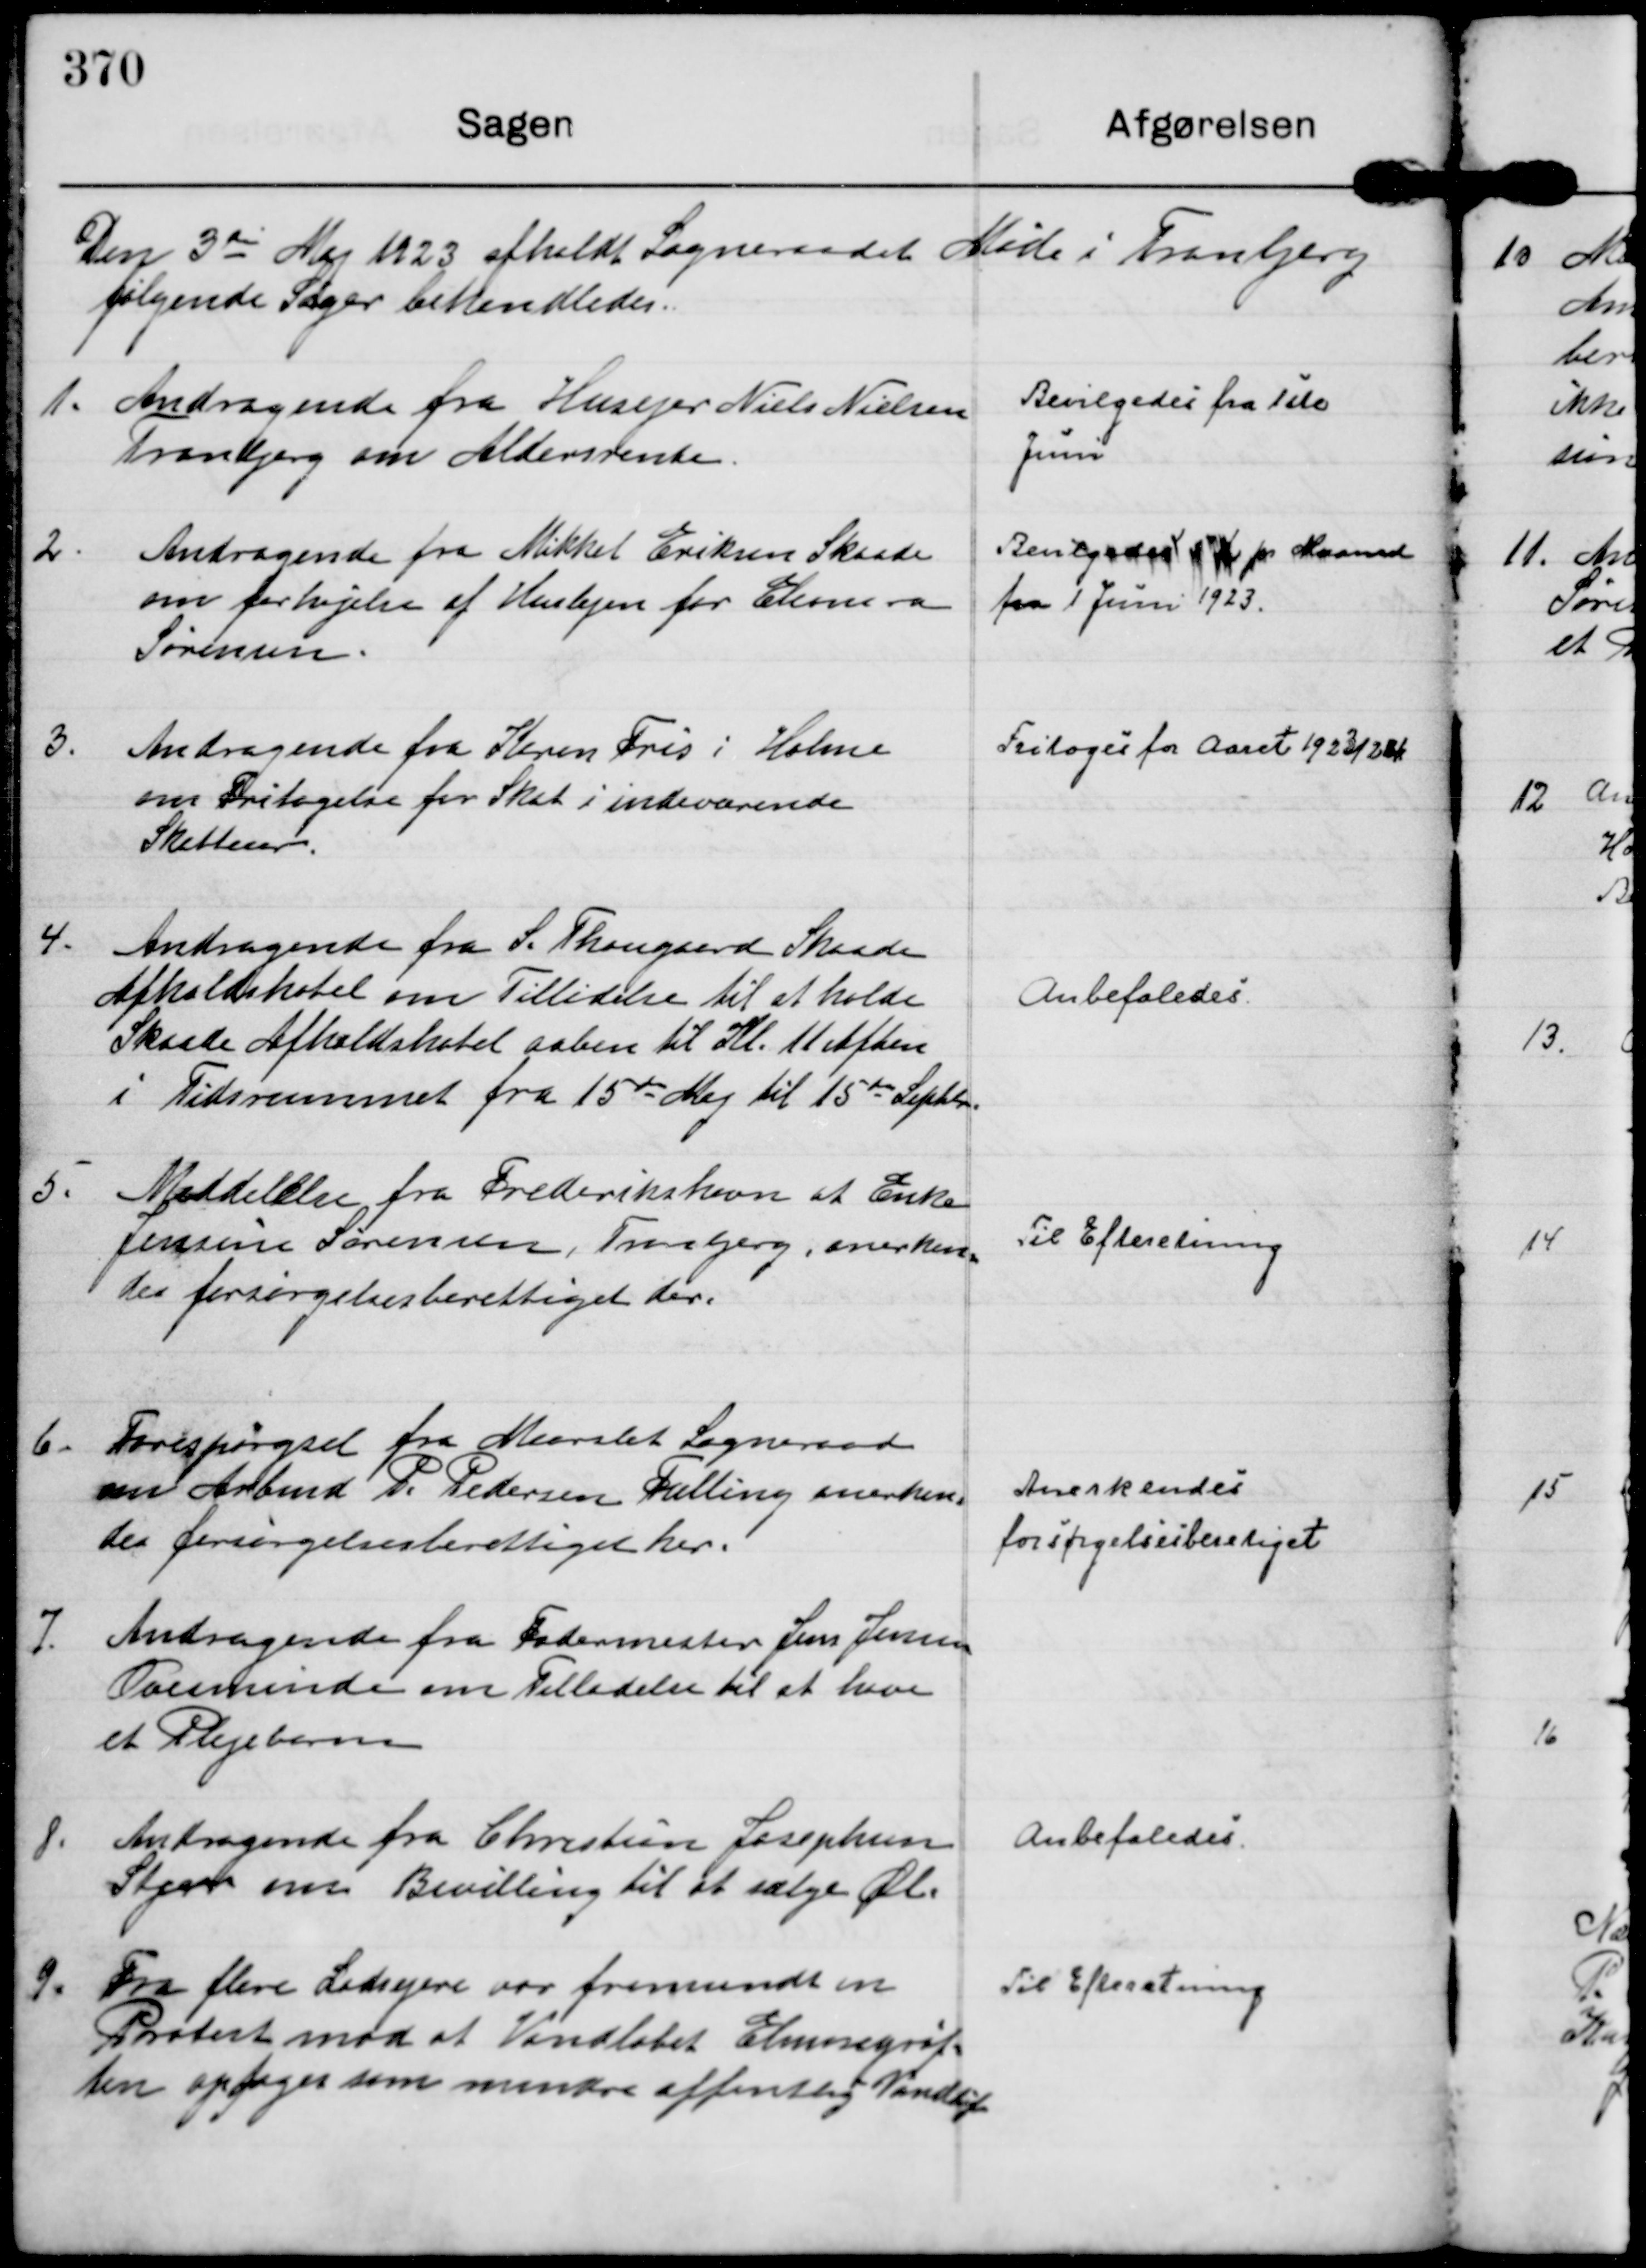
Transskription:
Den 3 die Maj 1923 afholdt Sogneraadet Møde i Tranbjerg
følgende Sager behandledes.

1.
Andragende fra Husejer Niels Nielsen
Tranbjerg om Aldersrente.

Bevilgedes fra 1ste
Juni

2.
Andragende fra Mikkel Eriksen Skaade
om forhøjelse af Huslejen for Eleonora
Sørensen.

Bevilgedes 4 Kr pr Maaned
fra 1 Juni 1923.

3.
Andragende fra Karen Fris i Holme
om Fritagelse for Skat i indeværende
Skatteaar.

Fritoges for Aaret 1923/24

4.
Andragende fra S. Thougaard Skaade
Afholdshotel om Tillidelse til at holde
Skaade Afholdshotel aaben til Kl. 11 Aften
i Tidsrummet fra 15 de Maj til 15 de Septbr.

Anbefaledes.

5.
Meddelelse fra Frederikshavn at Enke
Jensine Sørensen, Tranbjerg, anerken=
des forsørgelsesberettiget der.

Til Efteretning

6.
Forespørgsel fra Maarslet Sogneraad
om Arbmd P. Pedersen Falling anerken=
des forsørgelsesberettiget her.

Anerkendes
forsørgelsesberetiget

7.
Andragende fra Fodermester Jens Jensen
Ovesminde om Tilladelse til at have
et Plejebarn

8.
Andragende fra Christian Josephsen
Stjær om Bevilling til at sælge Øl.

Anbefaledes.

9.
Fra flere Lodsejere var fremsendt en
Protest mod at Vandløbet Elmosegrøf=
ten optages som mindre offentlig Vandløb

Til Efteretning